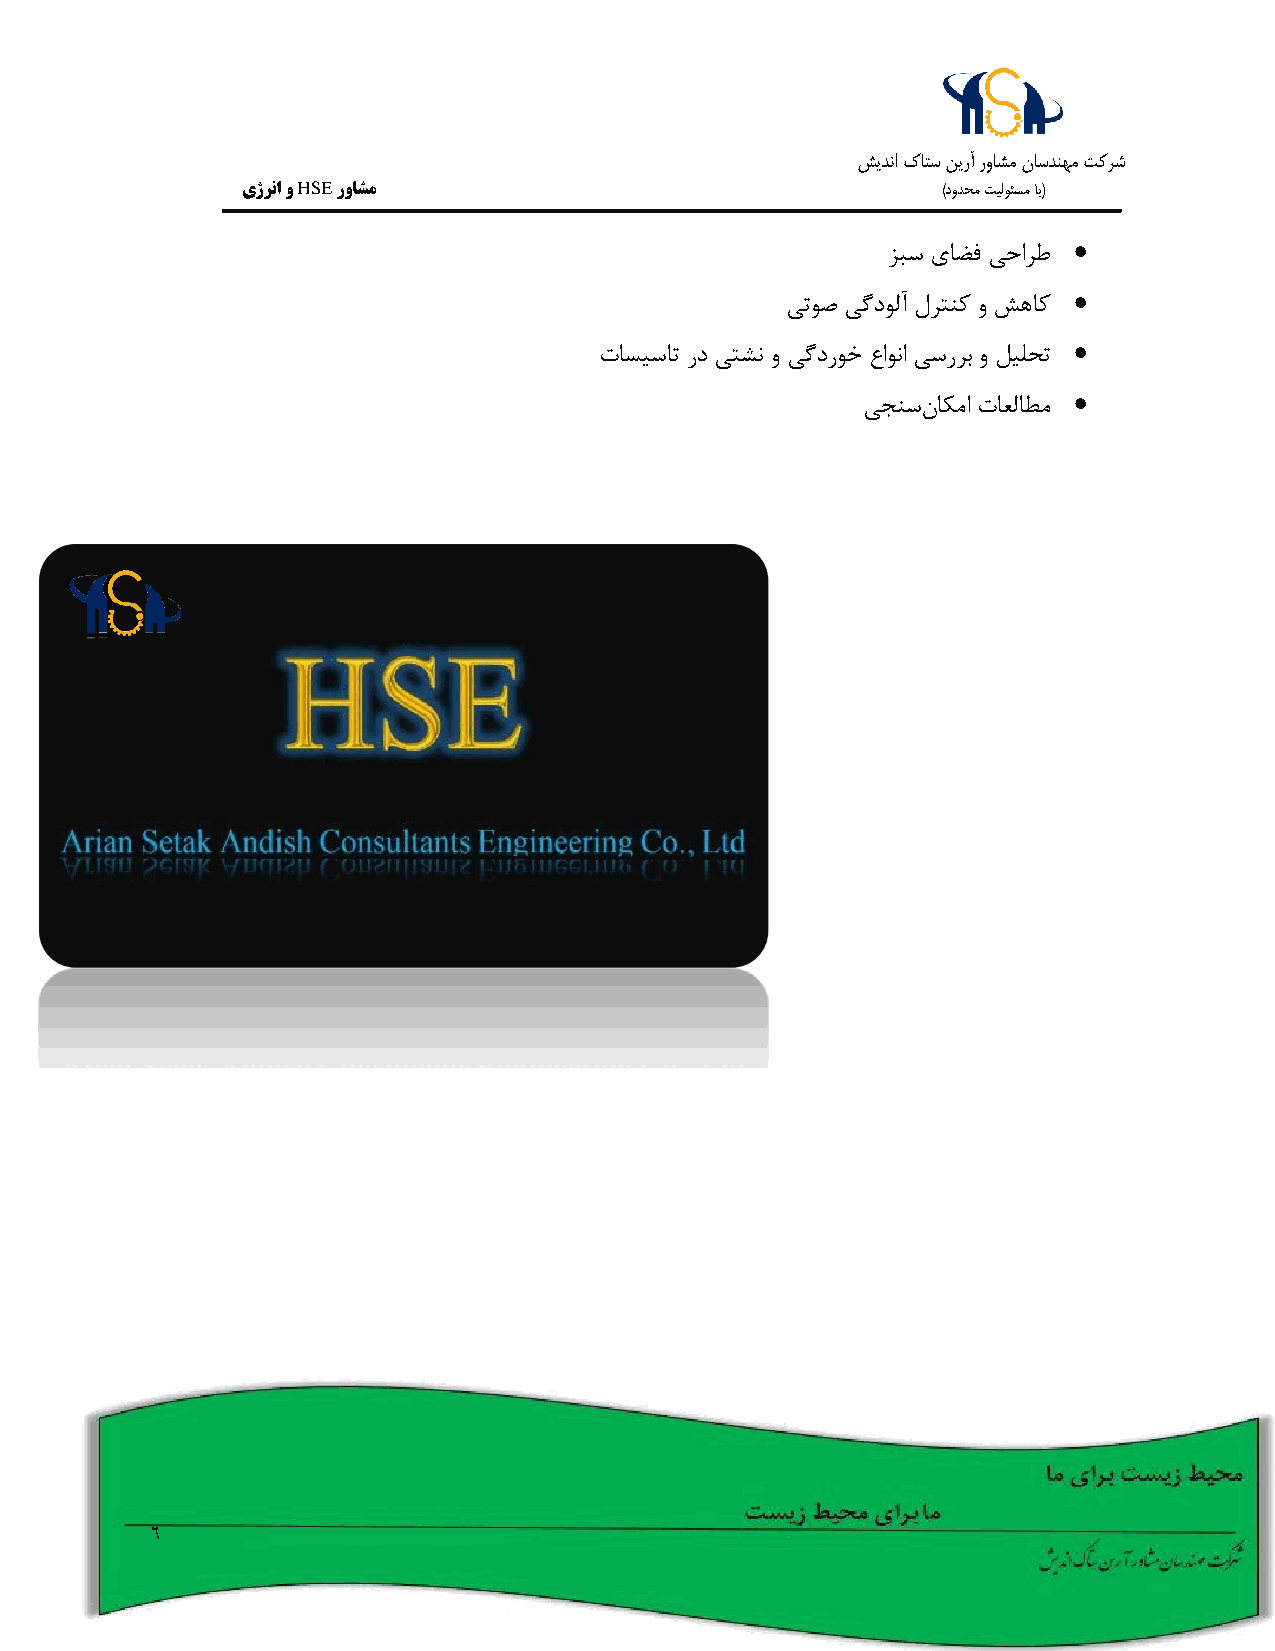
شيدنا كاتس نيرآ رواشم ناسدنهم تکرش
 یژرنا و HSE رواشم                             )دودحم تيلوئسم اب(
 
 زبس یاضف یحارط
 
 یتوص یگدولآ لرتنک و شهاک
 
 تاسیسات رد یتشن و یگدروخ عاونا یسررب و لیلحت
 
 یجنسناکما تاعلاطم
 6